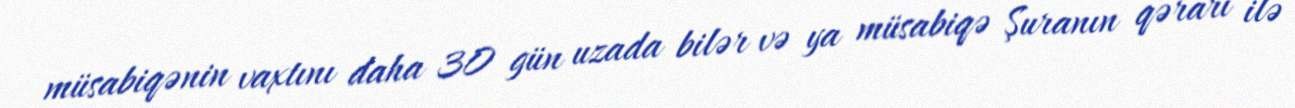
müsabiqənin vaxtını daha 30 gün uzada bilər və ya müsabiqə Şuranın qərarı ilə